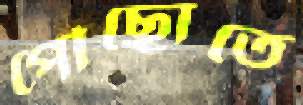
পৌঁছোতে